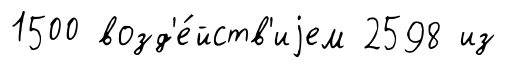
1500 возд'е́йств'иjем 2598 из